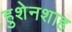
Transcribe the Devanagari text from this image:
हुशेनशाह